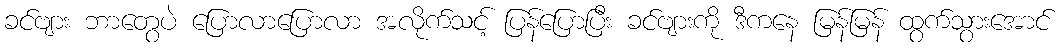
ခင်ဗျား ဘာတွေပဲ ပြောလာပြောလာ အလိုက်သင့် ပြန်ပြောပြီး ခင်ဗျားကို ဒီကနေ မြန်မြန် ထွက်သွားအောင်